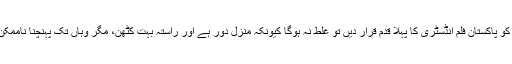
اگر ہم اس کو پاکستان فلم انڈسٹری کا پہلا قدم قرار دیں تو غلط نہ ہوگا کیونکہ منزل دور ہے اور راستہ بہت کٹھن، مگر وہاں تک پہنچنا ناممکن نہیں ہے۔